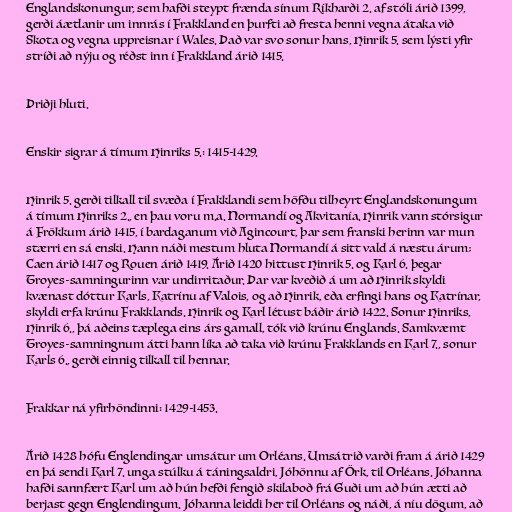
Englandskonungur, sem hafði steypt frænda sínum Ríkharði 2. af stóli árið 1399,
gerði áætlanir um innrás í Frakkland en þurfti að fresta henni vegna átaka við
Skota og vegna uppreisnar í Wales. Það var svo sonur hans, Hinrik 5. sem lýsti yfir
stríði að nýju og réðst inn í Frakkland árið 1415.

Þriðji hluti.

Enskir sigrar á tímum Hinriks 5.: 1415-1429.

Hinrik 5. gerði tilkall til svæða í Frakklandi sem höfðu tilheyrt Englandskonungum
á tímum Hinriks 2., en þau voru m.a. Normandí og Akvitanía. Hinrik vann stórsigur
á Frökkum árið 1415, í bardaganum við Agincourt, þar sem franski herinn var mun
stærri en sá enski. Hann náði mestum hluta Normandí á sitt vald á næstu árum;
Caen árið 1417 og Rouen árið 1419. Árið 1420 hittust Hinrik 5. og Karl 6. þegar
Troyes-samningurinn var undirritaður. Þar var kveðið á um að Hinrik skyldi
kvænast dóttur Karls, Katrínu af Valois, og að Hinrik, eða erfingi hans og Katrínar,
skyldi erfa krúnu Frakklands. Hinrik og Karl létust báðir árið 1422. Sonur Hinriks,
Hinrik 6., þá aðeins tæplega eins árs gamall, tók við krúnu Englands. Samkvæmt
Troyes-samningnum átti hann líka að taka við krúnu Frakklands en Karl 7., sonur
Karls 6., gerði einnig tilkall til hennar.

Frakkar ná yfirhöndinni: 1429-1453.

Árið 1428 hófu Englendingar umsátur um Orléans. Umsátrið varði fram á árið 1429
en þá sendi Karl 7. unga stúlku á táningsaldri, Jóhönnu af Örk, til Orléans. Jóhanna
hafði sannfært Karl um að hún hefði fengið skilaboð frá Guði um að hún ætti að
berjast gegn Englendingum. Jóhanna leiddi her til Orléans og náði, á níu dögum, að